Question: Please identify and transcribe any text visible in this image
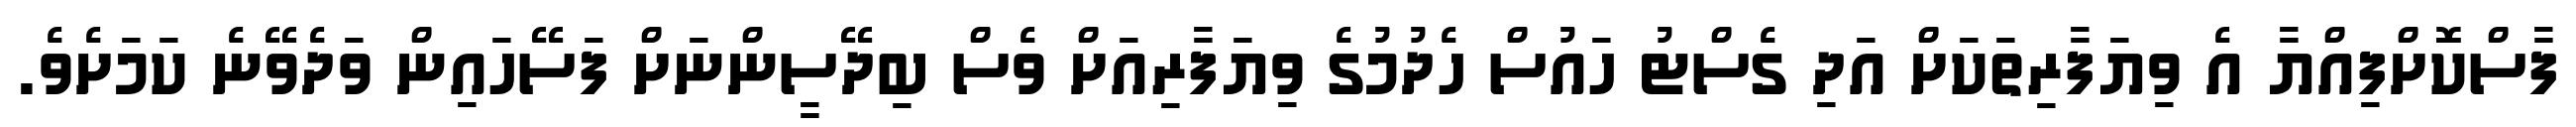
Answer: ފާސްކޮށްފިއްޔާ އެ ވިޔަފާރިތަކަށް އަދި ގެސްޓު ހައުސް ހެދުމުގެ ވިޔަފާރިއަށް ވެސް ބިދޭސީންނަށް ފަސޭހައިން ވަދެވޭނެ ކަމަށެވެ.